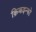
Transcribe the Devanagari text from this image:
क्रिकइन्फो